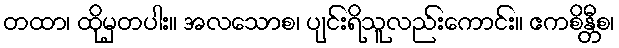
တထာ၊ ထိုမှတပါး။ အလသောစ၊ ပျင်းရိသူလည်းကောင်း။ ဧကစိန္တီစ၊